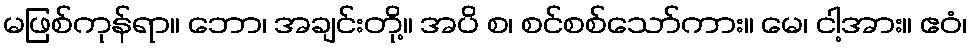
မဖြစ်ကုန်ရာ။ ဘော၊ အချင်းတို့။ အပိ စ၊ စင်စစ်သော်ကား။ မေ၊ ငါ့အား။ ဧဝံ၊